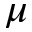
\mu